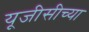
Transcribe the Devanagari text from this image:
यूजीसीच्या